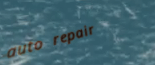
auto repair